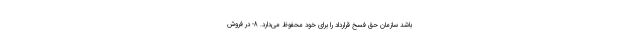
باشد سازمان حق فسخ قرارداد را براي خود محفوظ می‌دارد. 8- در فروش